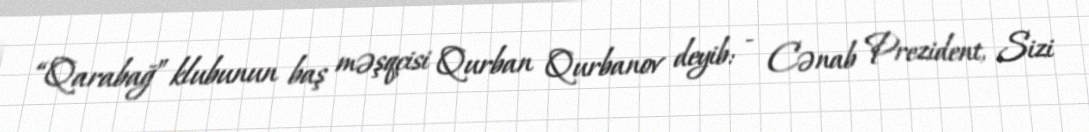
“Qarabağ” klubunun baş məşqçisi Qurban Qurbanov deyib: - Cənab Prezident, Sizi